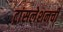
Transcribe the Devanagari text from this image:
ट्रांसलेशनची